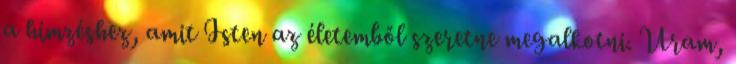
a hímzéshez, amit Isten az életemből szeretne megalkotni. Uram,